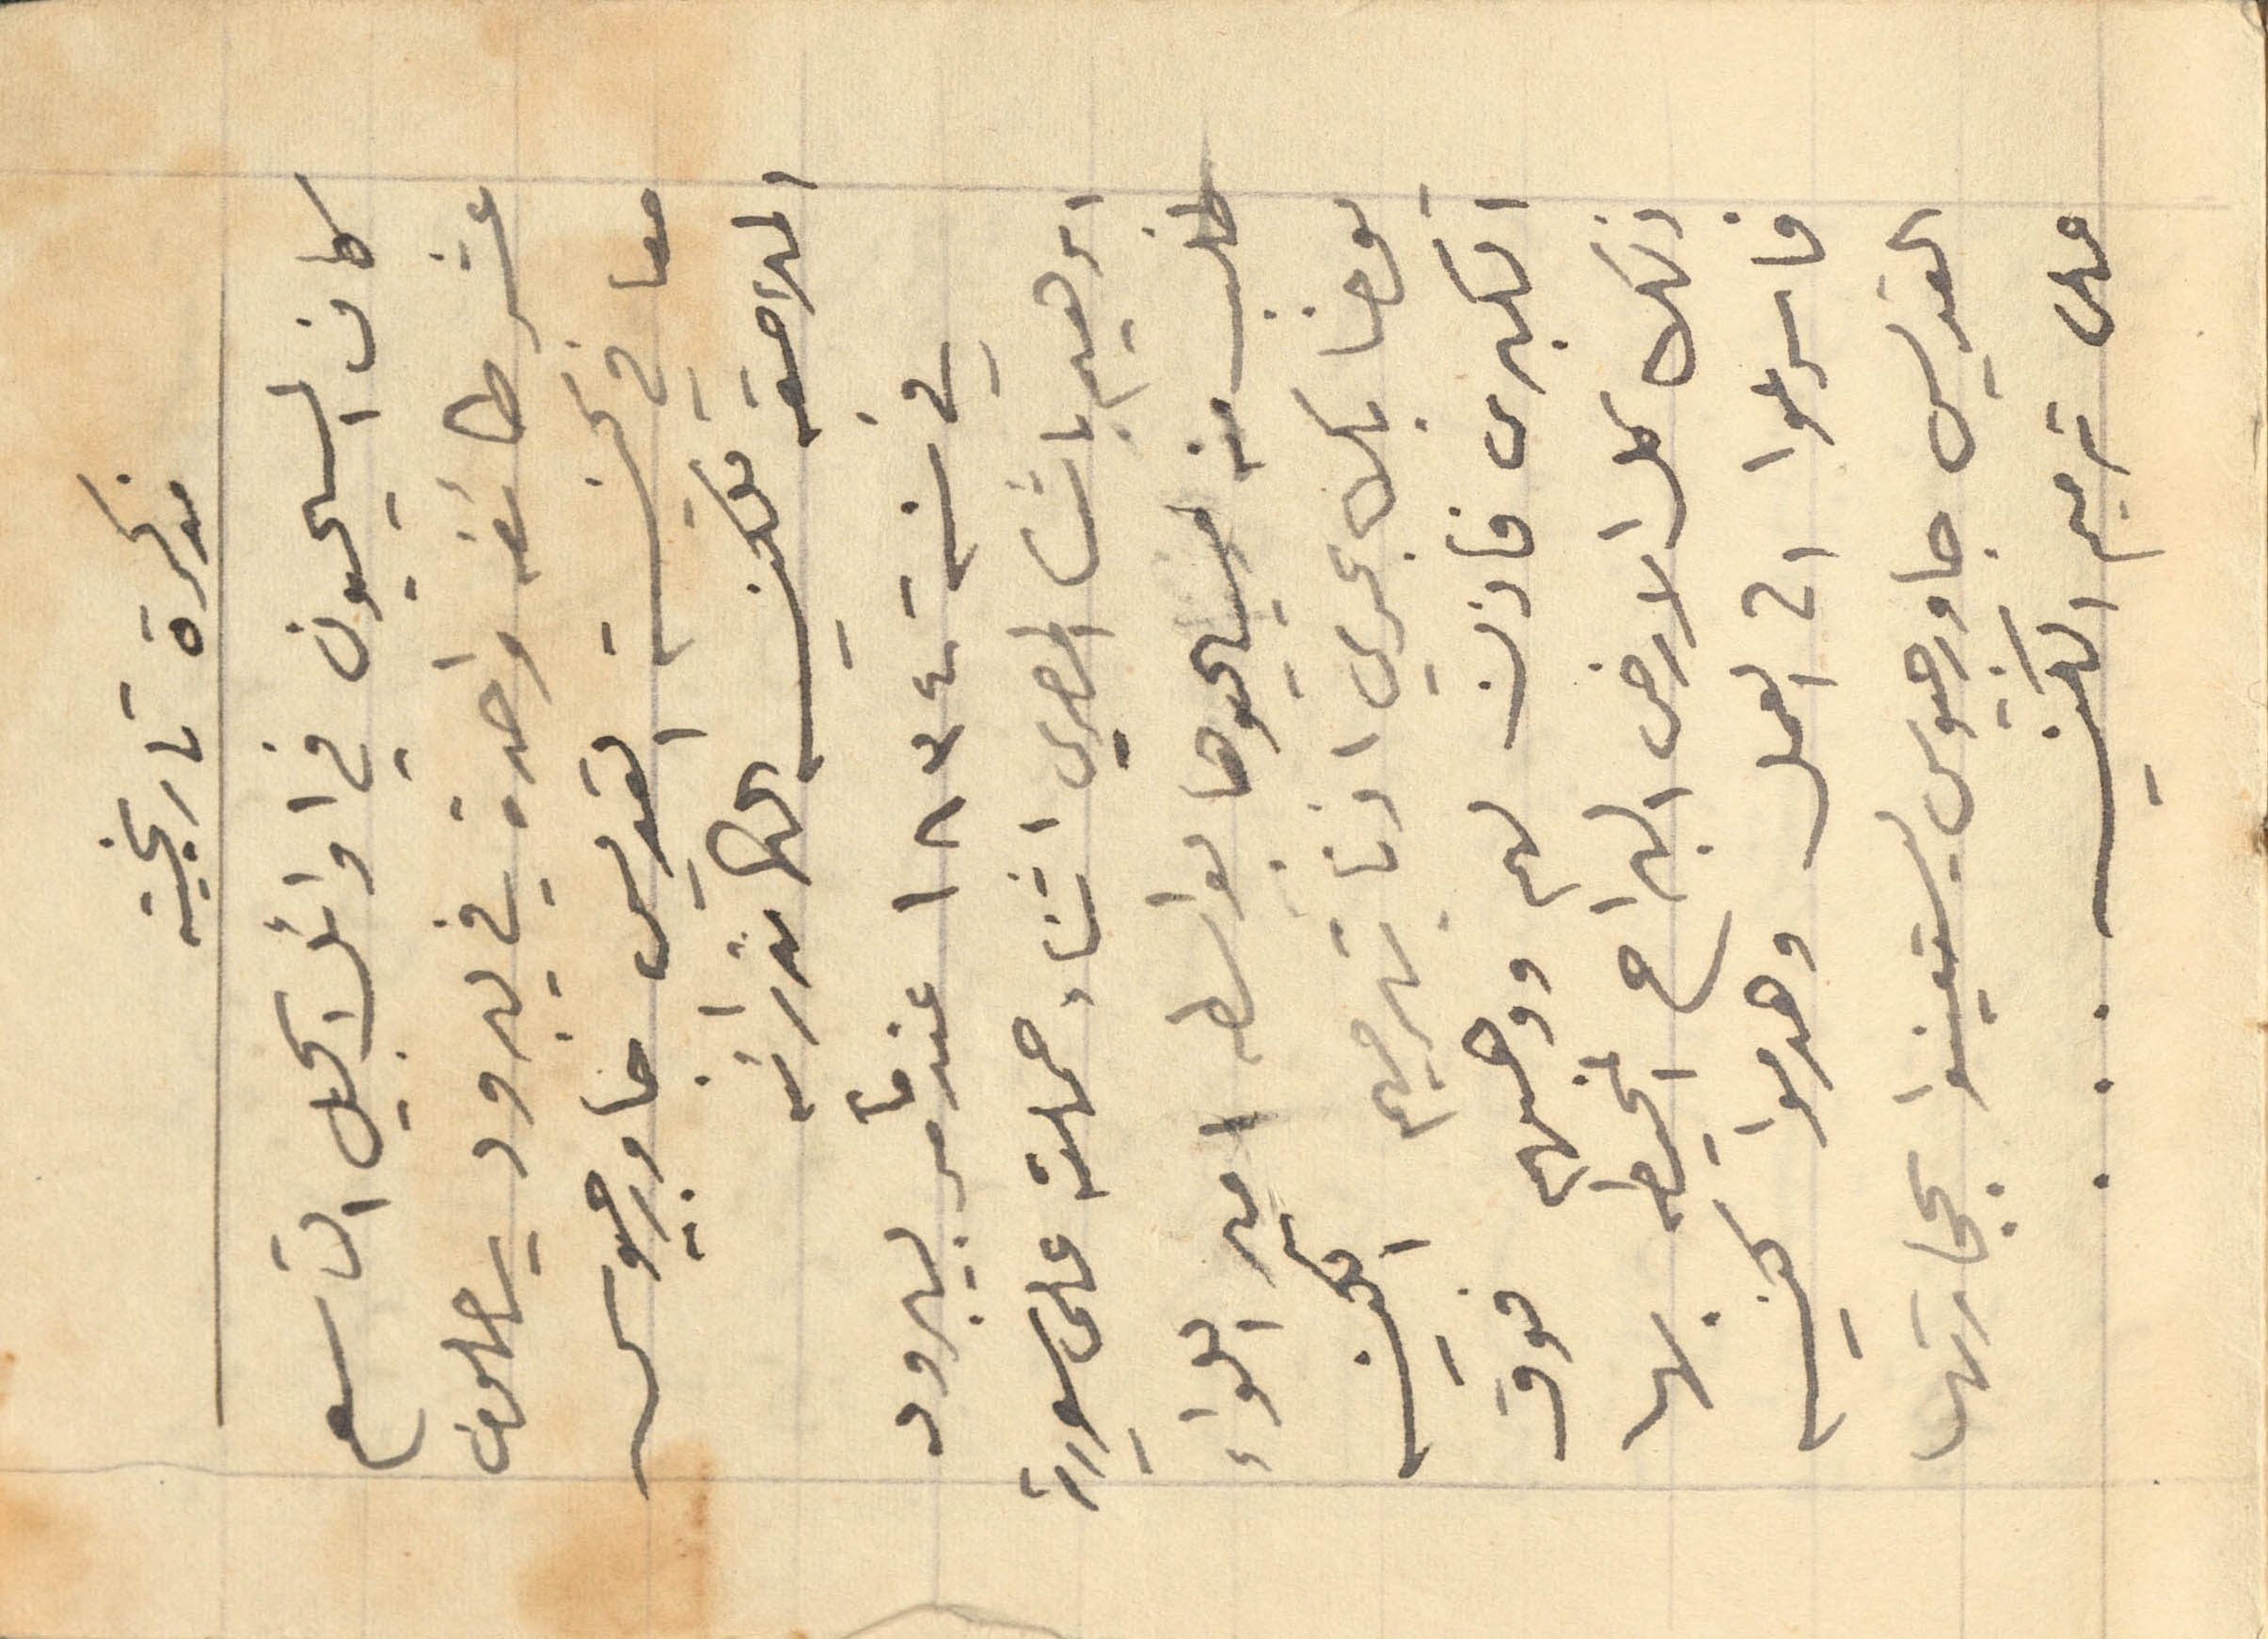
مذكرة تاريخية
كان المسيحيون في اوائل الجيل التاسع
عشر طائفه واحدة في يبرود يصلون
معا في كنيسة القديس جاورجيوس
الملاصقه للكنيسه الكاتدرائيه
في سنة ١٨٣٤ عندما مر بيبرود
ابراهيم باشا المصري اثناء حملته على سورية
طلب منه مسيحيوها بواسطه امير اللواء
يوحنا بك بحري اذنا بترميم الكنيسه

الكبرى فاذن لهم ووهبهم فوق
ذلك كل الارض البراح المحيطه بها
فاسرعوا الى العمل وهدموا كنيسه
القديس جاورجيوس ليستعينوا بحجارتها
على ترميم الكنيسه ...